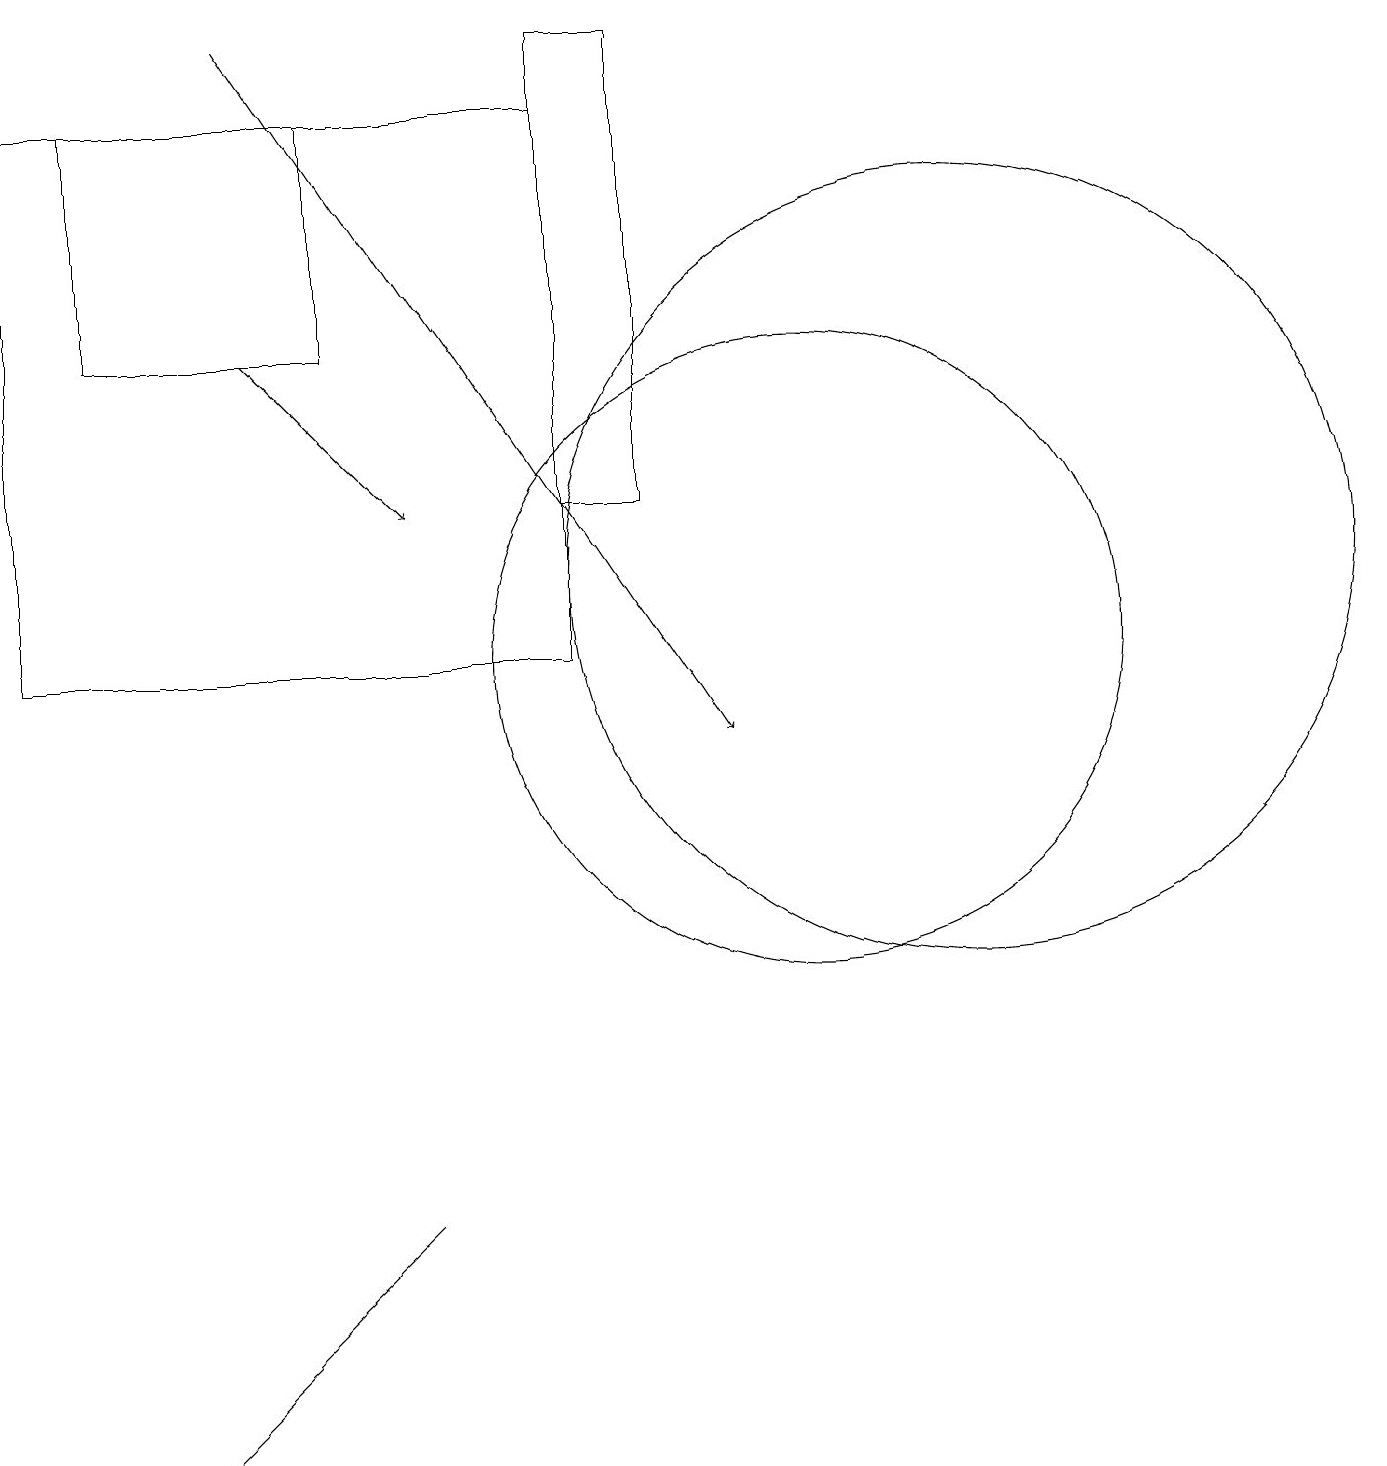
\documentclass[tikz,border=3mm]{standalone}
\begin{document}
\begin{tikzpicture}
\draw (4,15) rectangle (1,18);
\draw (0,11) rectangle (7,18);
\draw[->] (3,19) -- (9,10);
\draw (4,3) -- (5,4) -- (2,1) -- cycle;
\draw[->] (3,15) -- (5,13);
\draw (12,12) circle (5);
\draw (10,11) circle (4);
\draw (8,13) rectangle (7,19);
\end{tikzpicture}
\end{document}